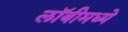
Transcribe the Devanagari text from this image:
लॉबीमध्ये